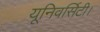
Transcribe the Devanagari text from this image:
यूनिवर्सिटी।